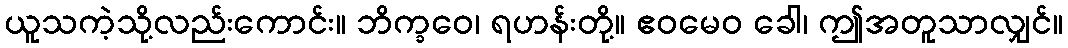
ယူသကဲ့သို့လည်းကောင်း။ ဘိက္ခဝေ၊ ရဟန်းတို့။ ဧဝမေဝ ခေါ၊ ဤအတူသာလျှင်။